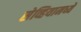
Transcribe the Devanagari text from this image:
सेव्हियामध्ये